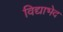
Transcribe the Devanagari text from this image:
विद्याभेद